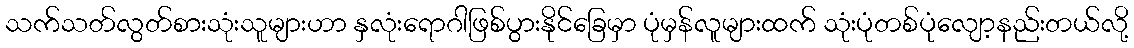
သက်သတ်လွတ်စားသုံးသူများဟာ နှလုံးရောဂါဖြစ်ပွားနိုင်ခြေမှာ ပုံမှန်လူများထက် သုံးပုံတစ်ပုံလျော့နည်းတယ်လို့